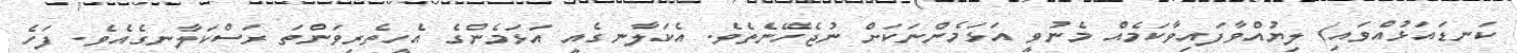
ކަނޑައަޅުއްވައި) ލިޔުއްވާފައިވާކަމެއް މެނުވީ އަޅަމެންނަކަށް ނުޖެހޭނެތެވެ. އެކަލާނގެއީ އަޅަމެންގެ އެހީތެރިވަންތަ ރަސްކަލާނގެއެވެ. ފަހެ